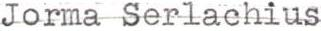
Jorma Serlachius